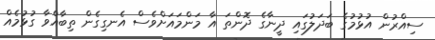
ސިއްރުން އުޅުމުގެ ބަދަލުގައި ދީނާގެ ދޮންތަ އާ މަންމައަށްވެސް އެނގިގެން ތިބާއްވާ ގުޅުމެއް